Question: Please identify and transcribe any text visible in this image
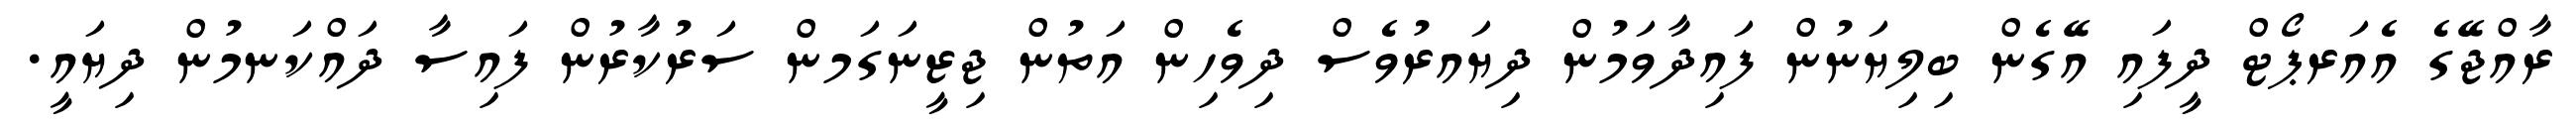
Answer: ރާއްޖޭގެ އެއަރޕޯޓް ދީފައި އޭގެން ބިލިޔަނުން ފައިދާވަމުން ދިޔައރުވެސް ދިވެހިން އަތުން ޖިޒީނަގަމން ސަރުކާރުން ފައިސާ ދައްކަނމުން ދިޔައީ.